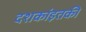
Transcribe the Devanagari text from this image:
दशकांइतकी